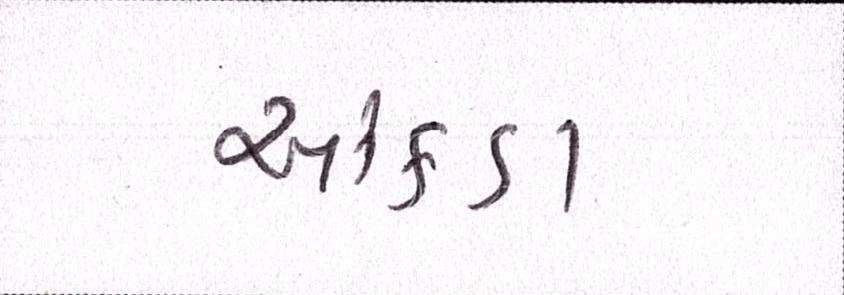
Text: આંકડા